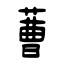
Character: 蓸